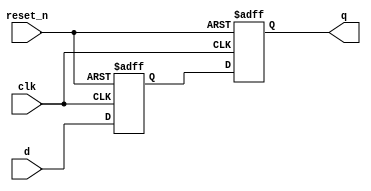
module timing_control_and_sync_block (
    input wire clk,
    input wire reset_n,
    input wire d,
    output reg q
);

parameter DELAY_CYCLES = 1; // Adjust delay as needed

reg [DELAY_CYCLES:0] d_delayed;

always @(posedge clk or negedge reset_n) begin
    if (reset_n == 0) begin
        d_delayed <= 0;
    end else begin
        d_delayed <= {d_delayed[DELAY_CYCLES-1:0], d};
    end
end

always @(posedge clk or negedge reset_n) begin
    if (reset_n == 0) begin
        q <= 0;
    end else begin
        q <= d_delayed[0];
    end
end

endmodule